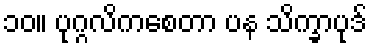
၁၀။ ပုဂ္ဂလိကစေတာ ပန သိက္ခာပုဒ်